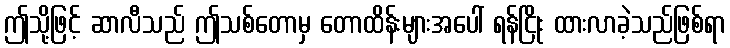
ဤသို့ဖြင့် ဆာလီသည် ဤသစ်တောမှ တောထိန်းများအပေါ် ရန်ငြိုး ထားလာခဲ့သည်ဖြစ်ရာ